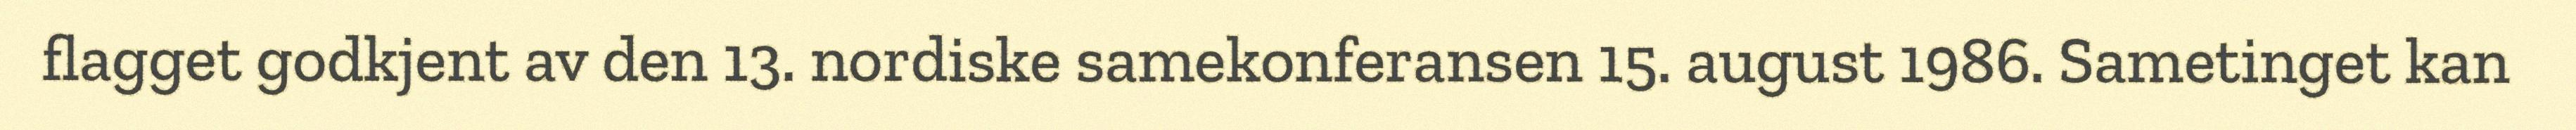
flagget godkjent av den 13. nordiske samekonferansen 15. august 1986. Sametinget kan